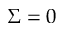
\Sigma = 0